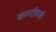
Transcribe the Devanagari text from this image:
कल्टीवर्स।